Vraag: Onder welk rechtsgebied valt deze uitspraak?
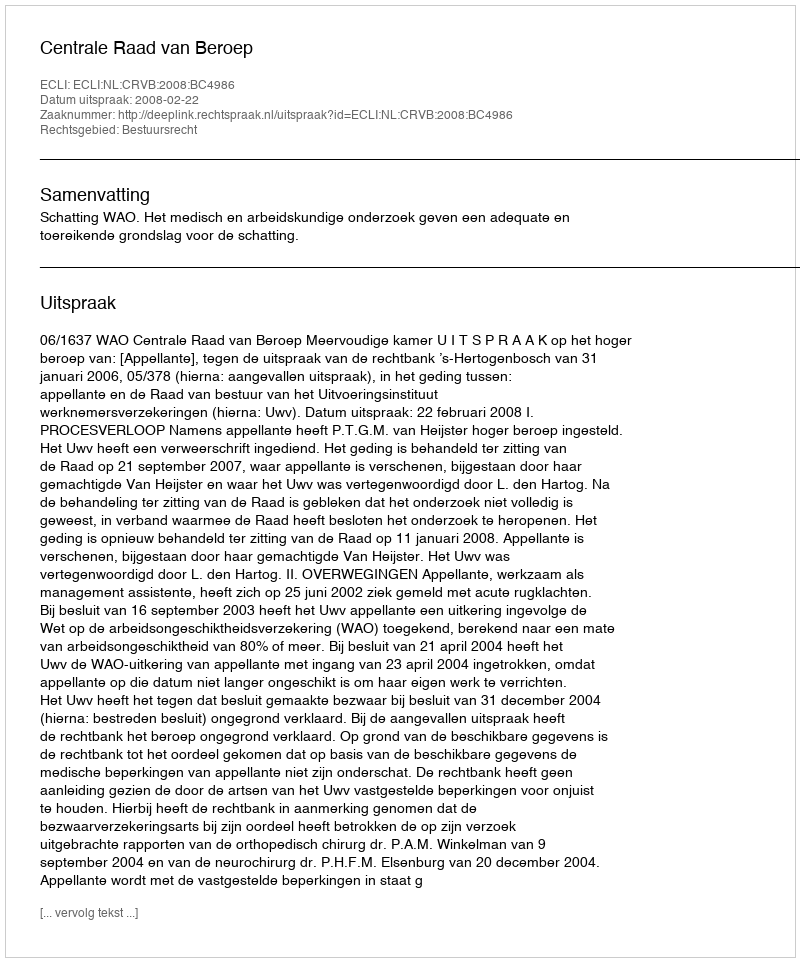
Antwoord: Bestuursrecht